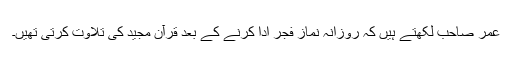
عمر صاحب لکھتے ہیں کہ روزانہ نماز ِفجر ادا کرنے کے بعد قرآن مجید کی تلاوت کرتی تھیں۔